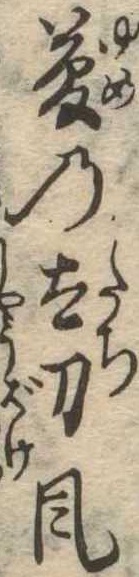
夢の太刀風